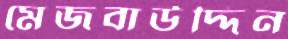
মেজবাউদ্দিন